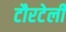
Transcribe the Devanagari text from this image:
टौरटेली